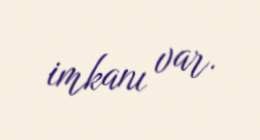
imkanı var.